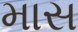
માસ